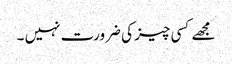
مجھے کسی چیز کی ضرورت نہیں ۔